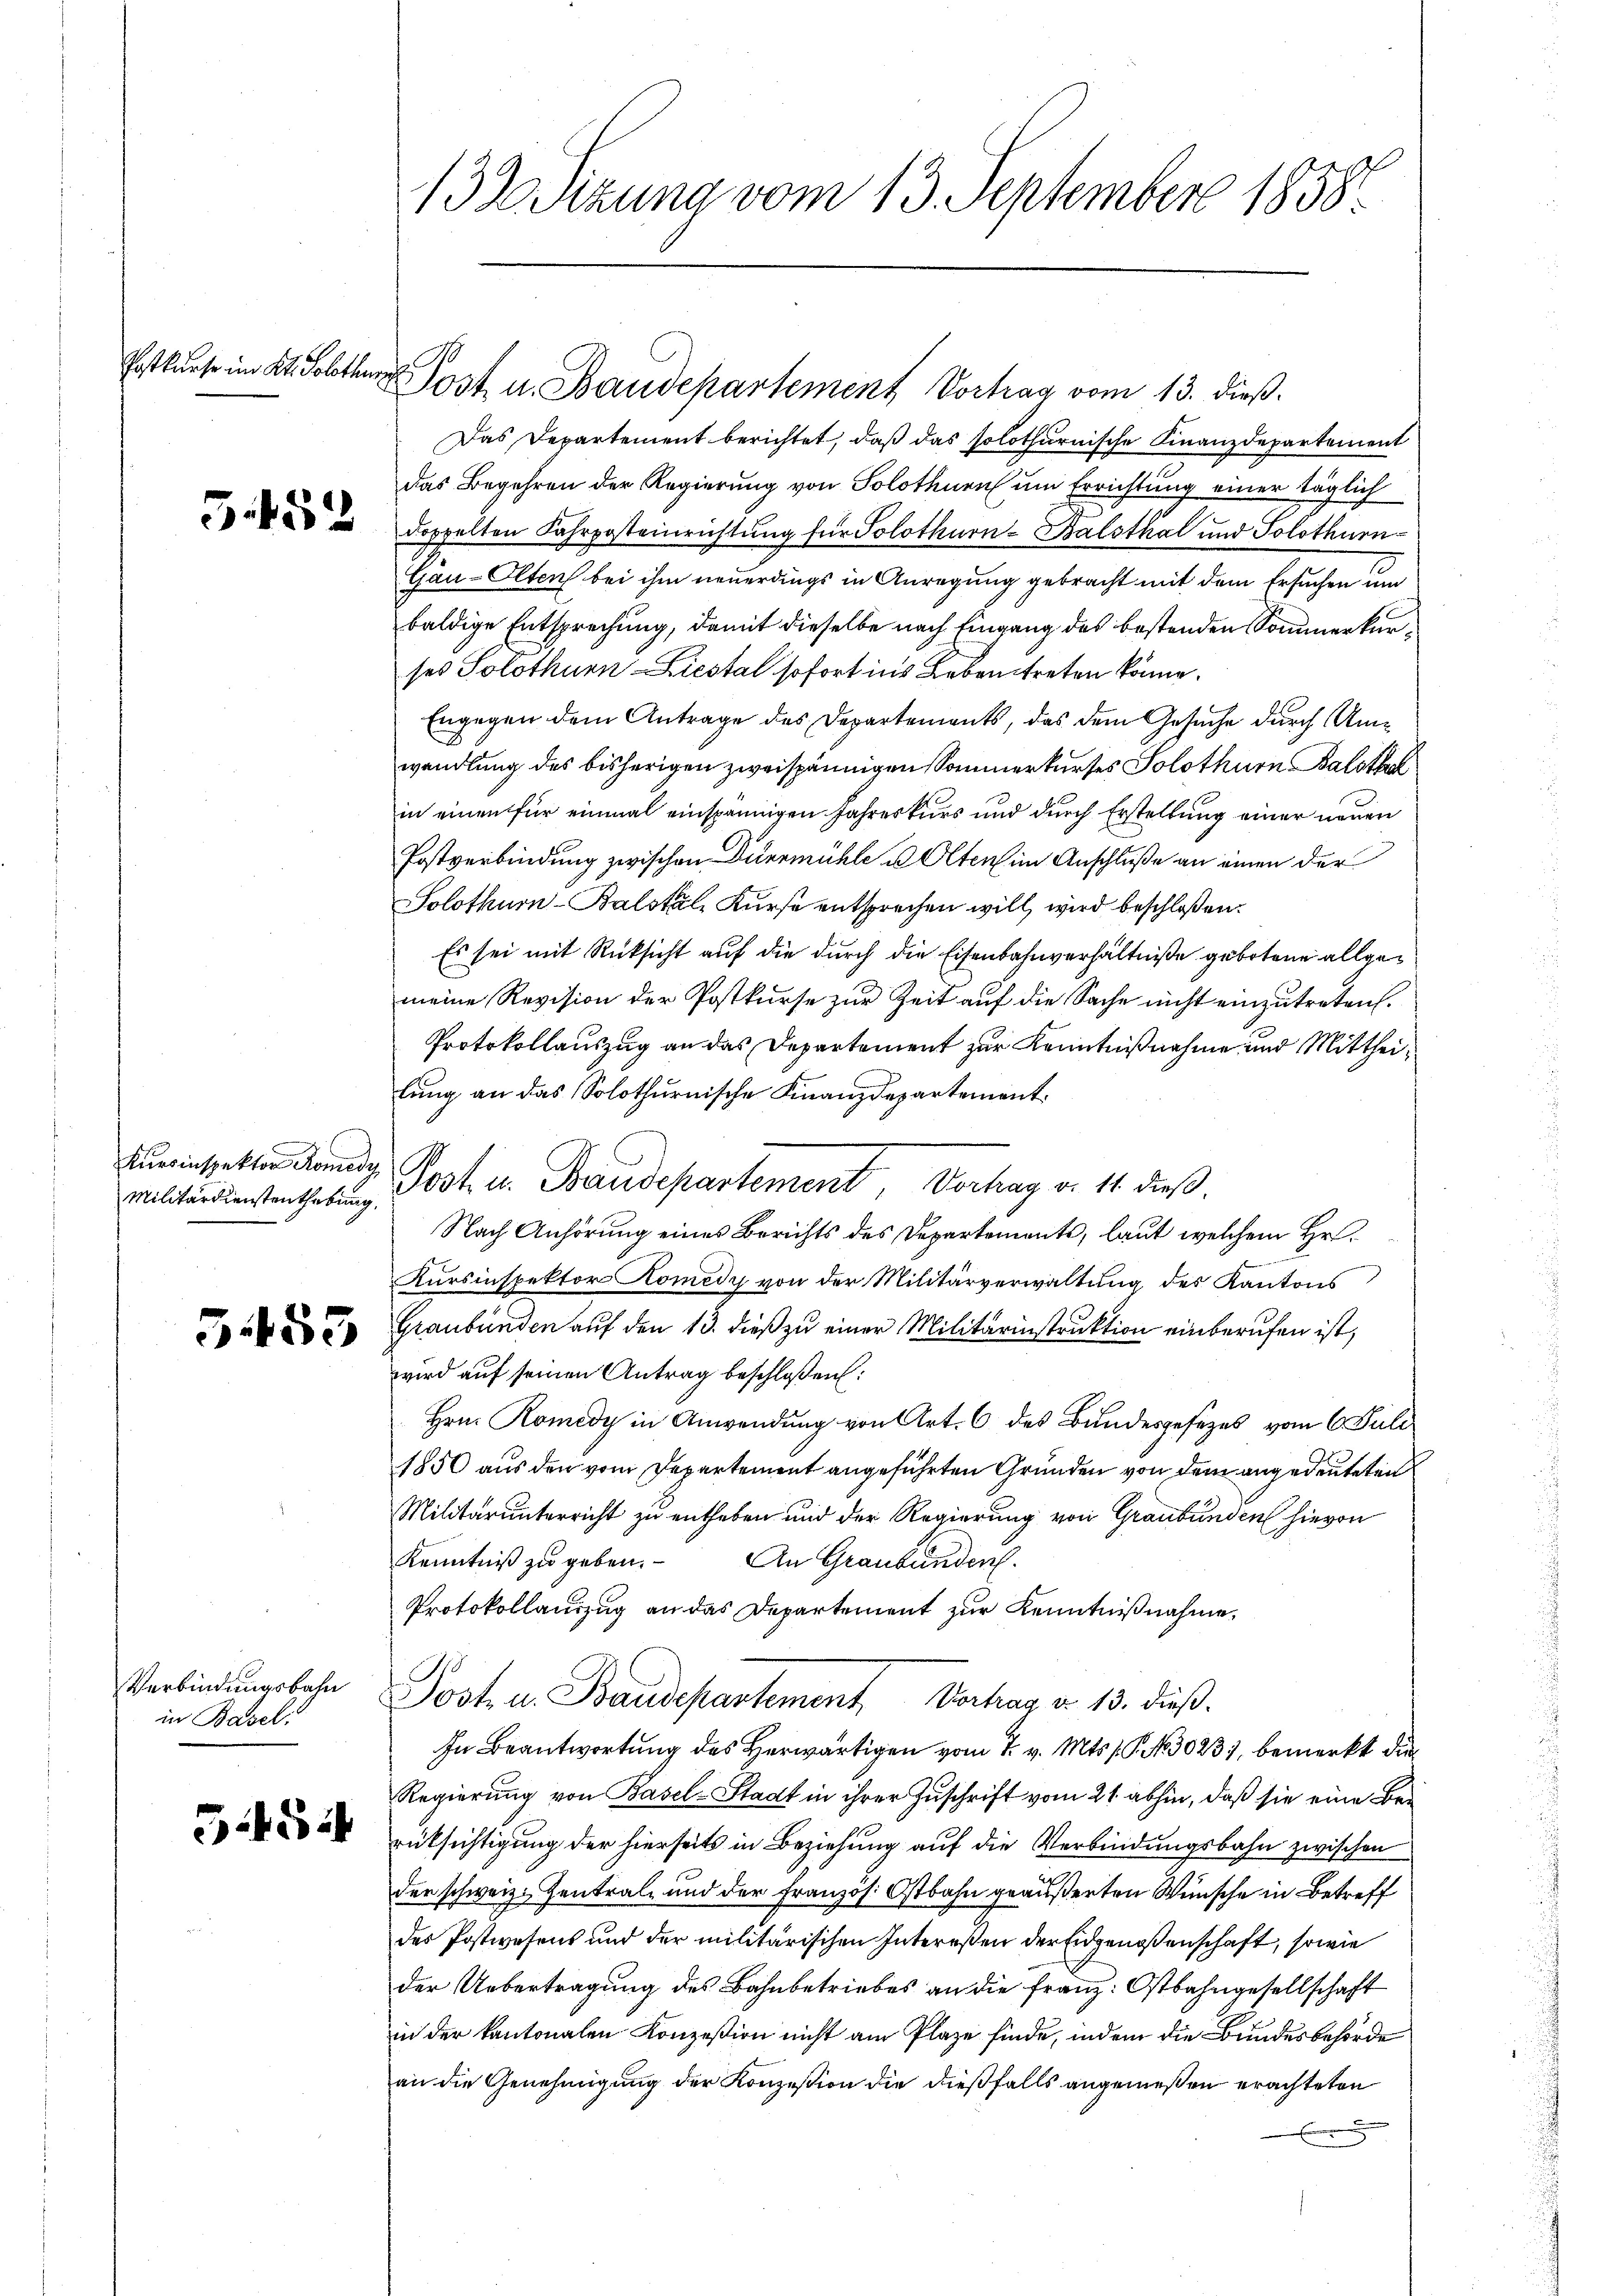
Erstkurse im Kt. Solothu

Militärdienstenthebung,

5453

Verbindungsbahn
in Basel.

554.

132 Sizung vom 13. September 1858.

Post u. Baudepartement Vortrag vom 13. dieß.
Das Departement berichtet, daß das solothurnische Finanzdepartement
das Begehren der Regierung von Solothurn um Errichtung einer täglich
 doppelten Fahrposteinrichtung für Solothurn-Balsthal und Solothurn
Gau-Olten bei ihm neuerdings in Anregung gebracht mit dem Ersuchen um
baldige Entsprechung, damit dieselbe nach Eingang des bestenden Sommenkurses Solothurn Liestal sofort ins Leben treten könne.
Engegen dem Antrage des Departements, das dem Gesuche durch Umwandlung des bisherigen zweispännigen Sommerkurses Solothurn Balsthal
in einen für einmal einspännigen Jahreskurs und durch Erstellung einer neuen
Postverbindung zwischen Diermühle u Olten im Anschluße an einen der
Solothurn-Balstäle Kurse entsprechen will, wird beschloßen:
Es sei mit Rücksicht auf die durch die Eisenbahnverhältniße gebotene allgemeine Revision der Postkurse zur Zeit auf die Sache nicht einzutreten.
Protokollauszug an das Departement zur Kenntnißnahme und Mittheilung an das Solothurnische Finanzdepartement.
Auniesselter donat Jost u. Baudepartement, Vorhag v. 11. dieß
Nach Anhörung eines Berichts des Departements, laut welchem Hr.
Kursinspektor Komedy von der Militärverwaltung des Kantons
Graubünden auf den 13. dieß zu einer Militärinstruktion einberufen ist,
wird auf seinen Antrag beschloßen:
Hrn. Romedy in Anwendung von Art. 6 des Bundesgesezes vom 6. Juli
1850 aus den vom Departement angeführten Gründen von dem angedeuteten
Militarunterricht zu entheben und der Regierung von Graubünden hievon
Kenntniß zu geben.
An Graubünden.
Protokollauszug an das Departement zur Kenntnißnahme,
Jost u. Baudepartement Vertrag d. 13. dieß.
In Beantwortung des Herwärtigen vom 7. v. Mts. f. P. No 30231, bemerkt die
Regierung von Basel-Stadt in ihrer Zuschrift vom 21. abhin, daß sie eine Bee
rüksichtigung der hierseits in Beziehung auf die Verbindungsbahn zwischen
der schweiz. Zentral- und der Französ. Ostbahn geäußerten Wünsche in Betreff
des Postwesens und der militärischen Intereßen der Eidgenossenschaft, sowie
der Uebertragung des Bahnbetriebes an die Franz: Ostbahngesellschaft
in der kantonalen Konzesion nicht am Plaze finde, indem die Bundesbehörde
an die Genehmigung der Konzession die dießfalls angemeßen erachteten
i